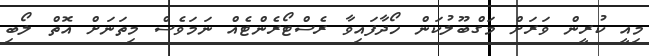
މިއީ ކުރީން ވަރަށް މަގްބޫލުކަން ހޯދާފައިވާ ރެސްޓޯރެންޓެއް ނަމަވެސް މިތަނަށް އޮތް ލޯބި